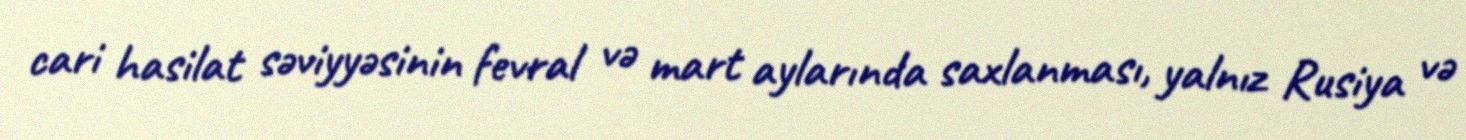
cari hasilat səviyyəsinin fevral və mart aylarında saxlanması, yalnız Rusiya və